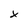
Character: x